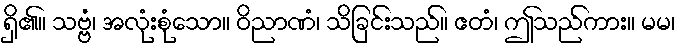
ရှိ၏။ သဗ္ဗံ၊ အလုံးစုံသော။ ဝိညာဏံ၊ သိခြင်းသည်။ ဧတံ၊ ဤသည်ကား။ မမ၊